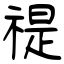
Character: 禔